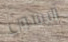
آليسون